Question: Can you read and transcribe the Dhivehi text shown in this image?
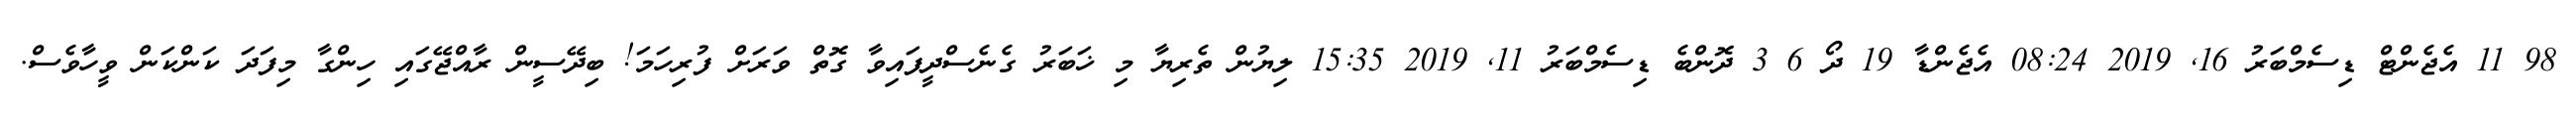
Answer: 98 11 އެޖެންޓް ޑިސެމްބަރު 16, 2019 08:24 އެޖެންޑާ 19 ދޯ 6 3 ދޮންބެ ޑިސެމްބަރު 11, 2019 15:35 ލިޔުން ތެރިޔާ މި ޚަބަރު ގެނެސްދީފައިވާ ގޮތް ވަރަށް ފުރިހަމަ! ބިދޭސީން ރާއްޖޭގައި ހިންގާ މިފަދަ ކަންކަން ވީހާވެސް.